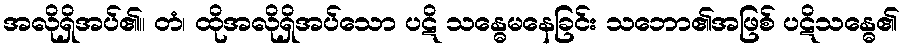
အလိုရှိအပ်၏။ တံ၊ ထိုအလိုရှိအပ်သော ပဋိ သန္ဓေမနေခြင်း သဘော၏အဖြစ် ပဋိသန္ဓေ၏